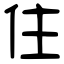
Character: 住